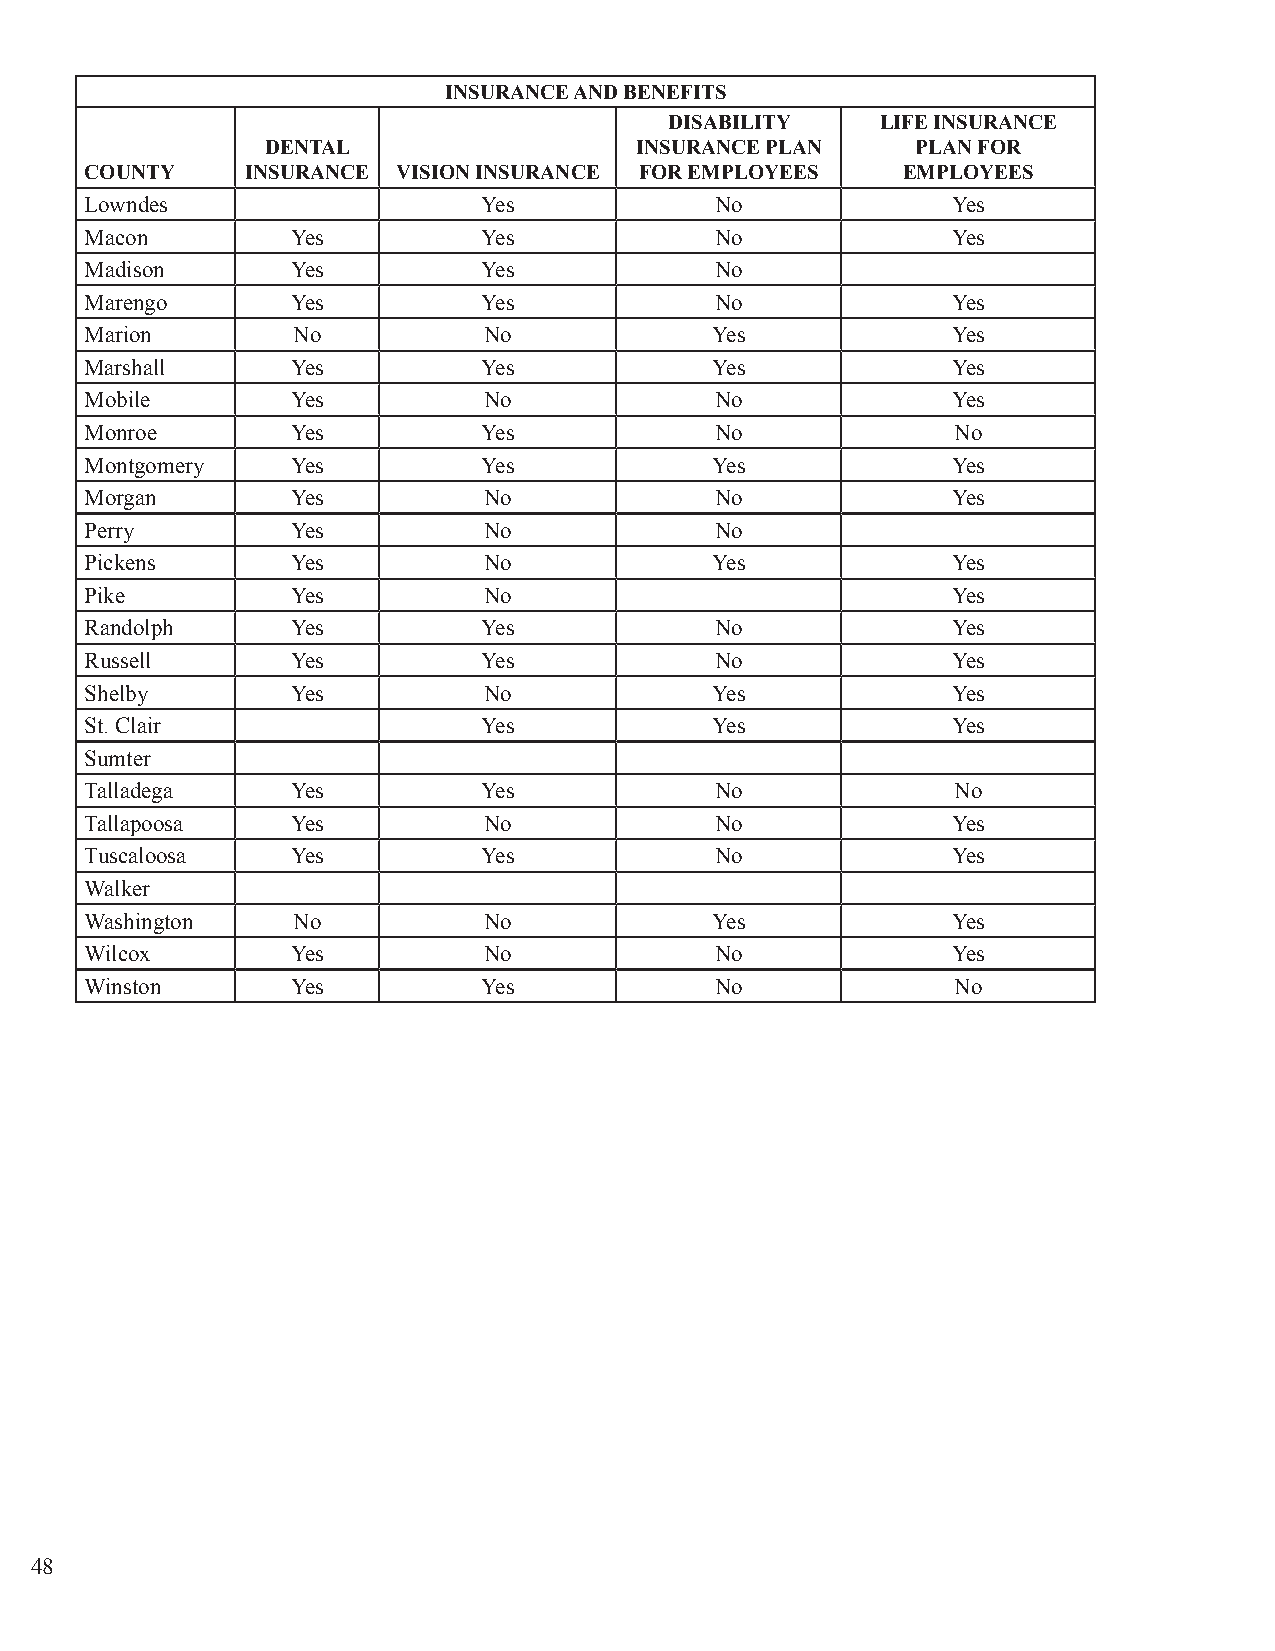
INSURANCE AND BENEFITS
 DISABILITY    LIFE INSURANCE
 DENTAL                  INSURANCE PLAN     PLAN FOR
 COUNTY    INSURANCE VISION INSURANCE FOR EMPLOYEES    EMPLOYEES
 Lowndes                   Yes            No              Yes
 Macon        Yes          Yes            No              Yes
 Madison      Yes          Yes            No
 Marengo      Yes          Yes            No              Yes
 Marion       No           No             Yes             Yes
 Marshall     Yes          Yes            Yes             Yes
 Mobile       Yes          No             No              Yes
 Monroe       Yes          Yes            No              No
 Montgomery   Yes          Yes            Yes             Yes
 Morgan       Yes          No             No              Yes
 Perry        Yes          No             No
 Pickens      Yes          No             Yes             Yes
 Pike         Yes          No                             Yes
 Randolph     Yes          Yes            No              Yes
 Russell      Yes          Yes            No              Yes
 Shelby       Yes          No             Yes             Yes
 St. Clair                 Yes            Yes             Yes
 Sumter
 Talladega    Yes          Yes            No              No
 Tallapoosa   Yes          No             No              Yes
 Tuscaloosa   Yes          Yes            No              Yes
 Walker
 Washington   No           No             Yes             Yes
 Wilcox       Yes          No             No              Yes
 Winston      Yes          Yes            No              No
 48